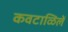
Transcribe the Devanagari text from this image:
कवटाळिलें